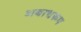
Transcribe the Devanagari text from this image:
अबाधरूप